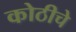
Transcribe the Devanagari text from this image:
कोठीचे